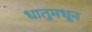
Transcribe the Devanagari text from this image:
धातुमधून